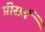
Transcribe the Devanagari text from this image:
प्रीसर्व